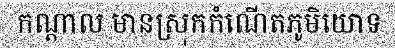
កណ្តាល មានស្រុកកំណើតភូមិយោទ